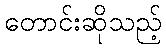
တောင်းဆိုသည့်